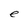
Character: e